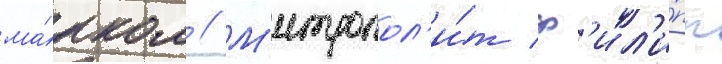
ма́рком // М'итропол'и́т ф'ил'и́пп